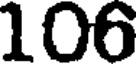
106